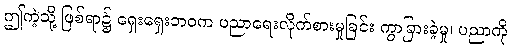
ဤကဲ့သို့ ဖြစ်ရာ၌ ရှေးရှေးဘဝက ပညာရေးလိုက်စားမှုခြင်း ကွာခြားခဲ့မှု၊ ပညာကို